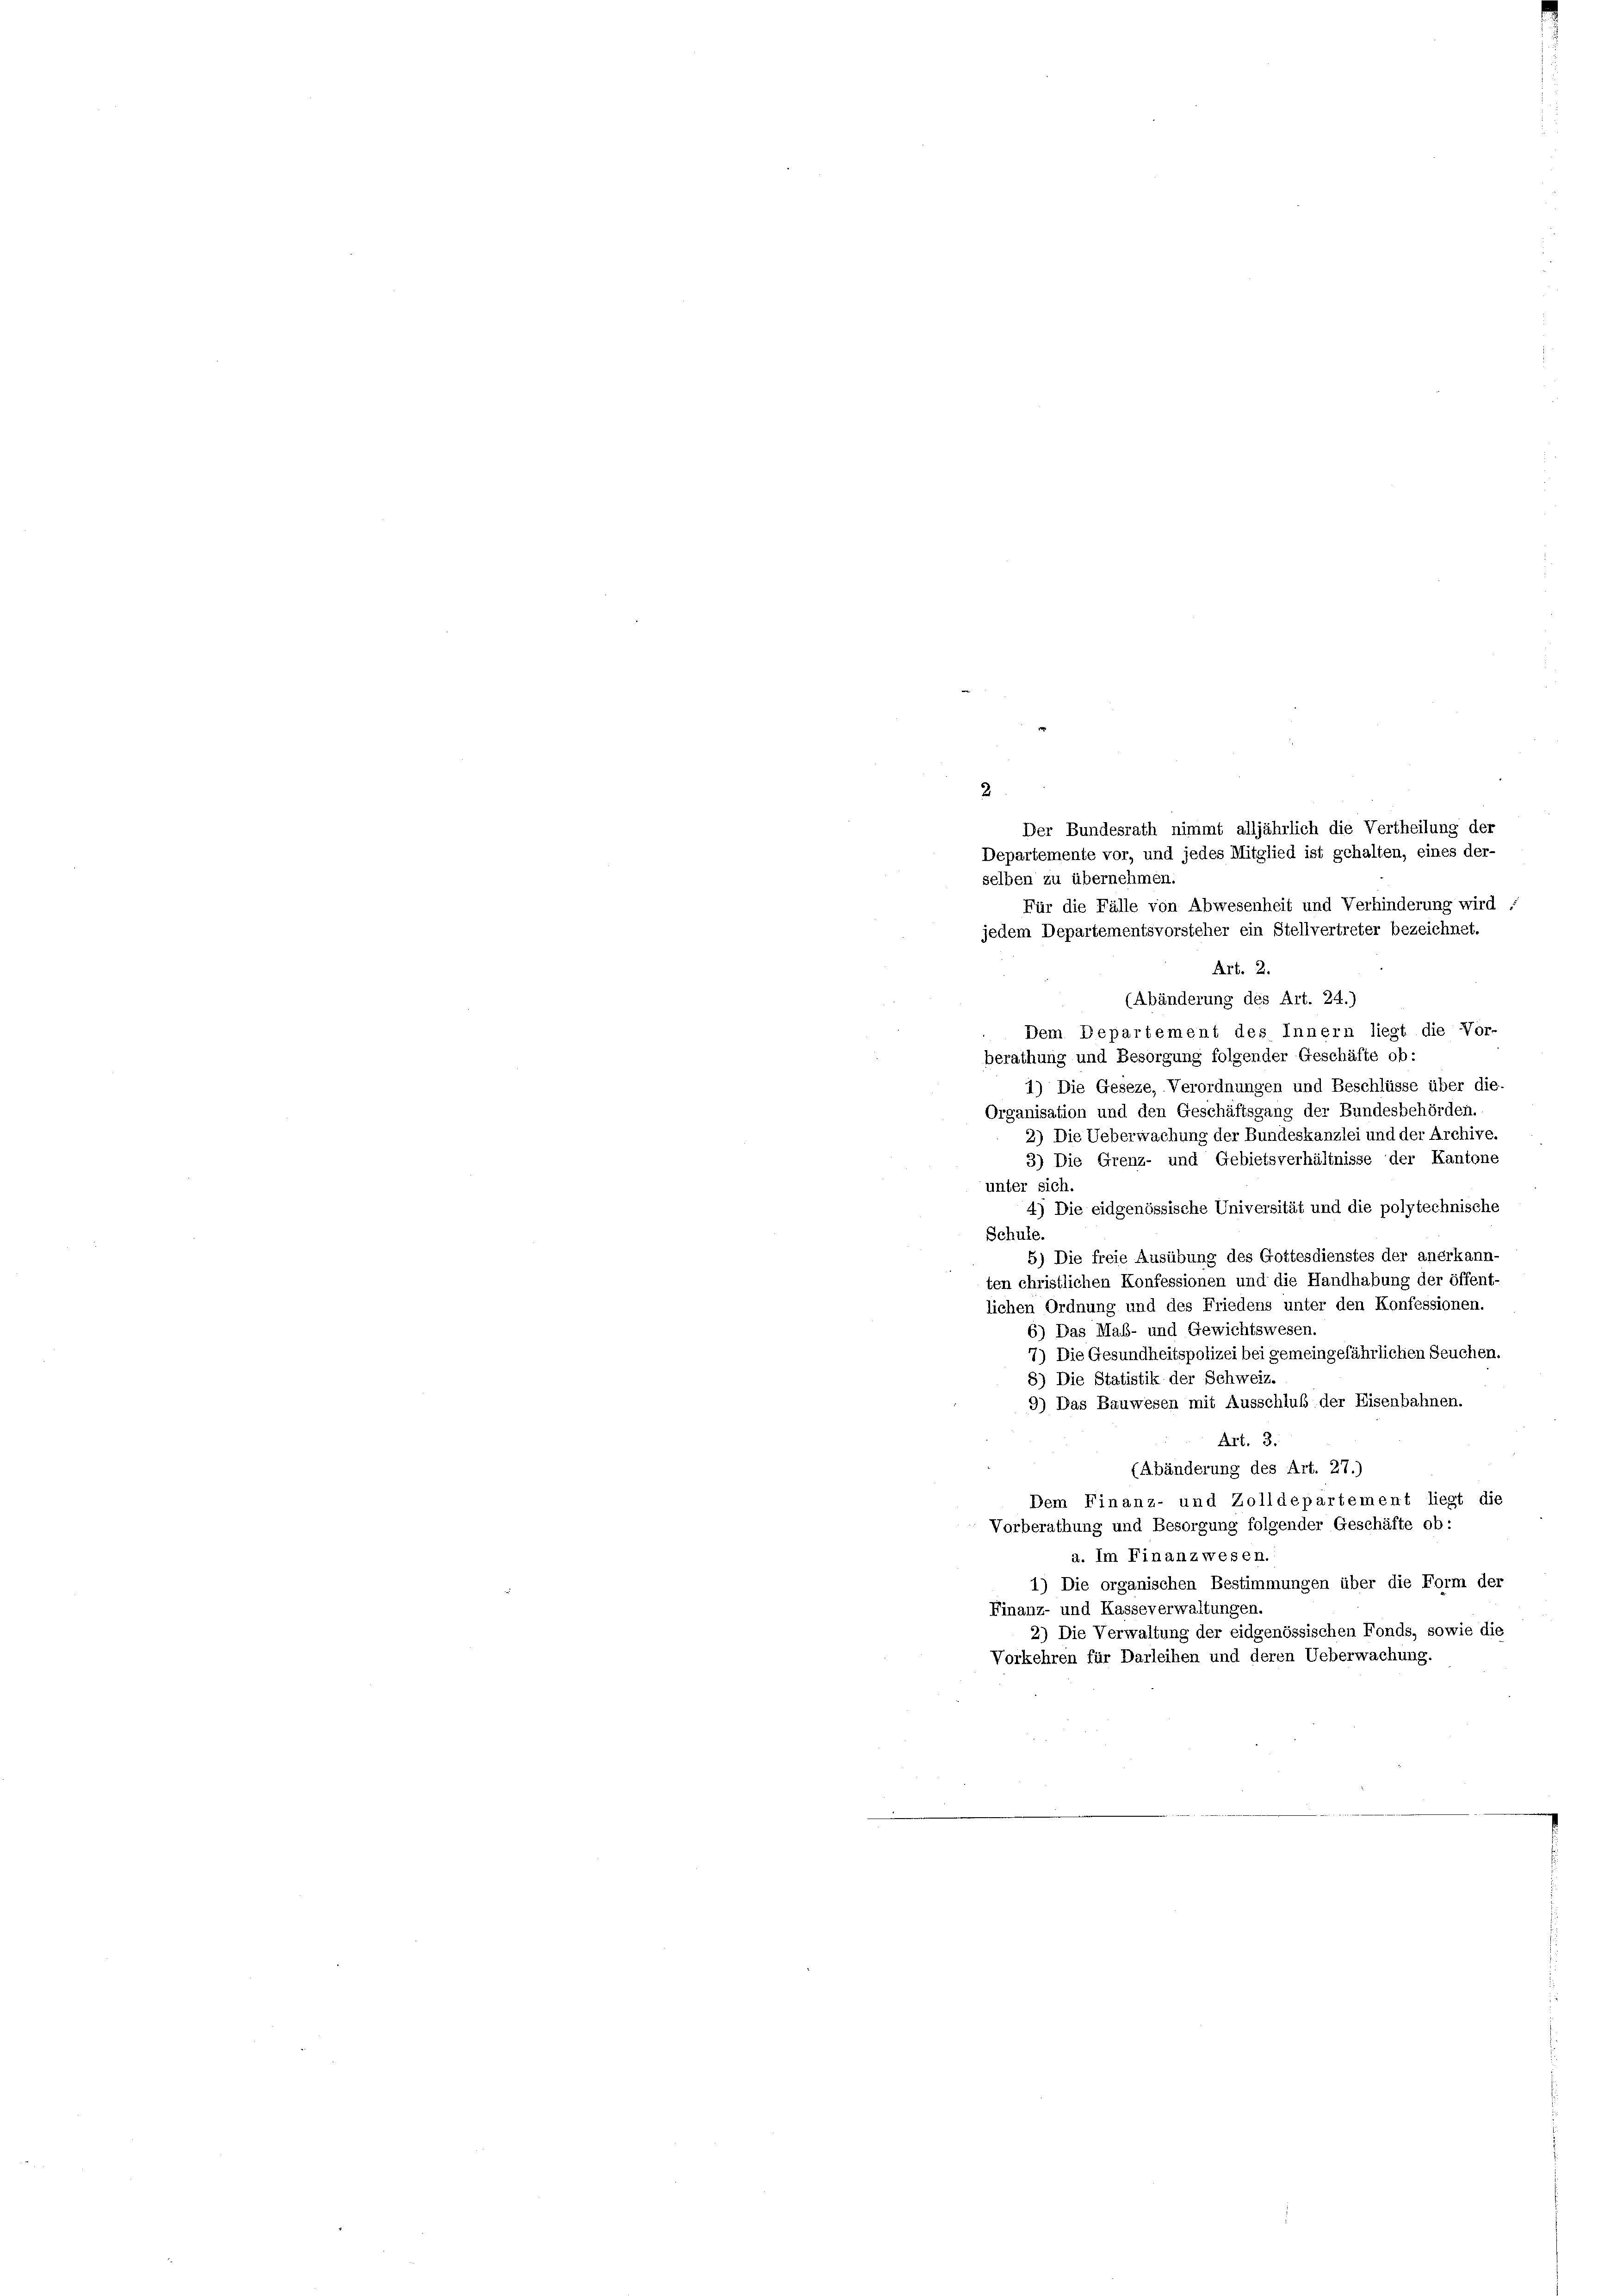
selben zu übernehmen.
Für die Fälle von Abwesenheit und Verhinderung wird
jedem Departementsvorsteher ein Stellvertreter bezeichnet.
Art. 2.
(Abänderung des Art. 24.)
Dem Departement des Innern liegt die Vor-
berathung und Besorgung folgender Geschäfte ob:
1) Die Geseze, Verordnungen und Beschlüsse über die-
Organisation und den Geschäftsgang der Bundesbehörden.
2) Die Ueberwachung der Bundeskanzlei und der Archive.
3) Die Grenz- und Gebietsverhältnisse der Kantone
unter sich.
4) Die eidgenössische Universität und die polytechnische
Schule.
5) Die freie Ausübung des Gottesdienstes der anerkann-
ten christlichen Konfessionen und die Handhabung der öffent-
lichen Ordnung und des Friedens unter den Konfessionen.
6) Das Maß- und Gewichtswesen.
7) Die Gesundheitspolizei bei gemeingefährlichen Seuchen.
8) Die Statistik der Schweiz.
9) Das Bauwesen mit Ausschluß der Eisenbahnen.
Art. 3.
(Abänderung des Art. 27.)
Dem Finanz- und Zolldepartement liegt die
Vorberathung und Besorgung folgender Geschäfte ob:
a. Im Finanzwesen.
1) Die organischen Bestimmungen über die Form der
Finanz- und Kasseverwaltungen.
2) Die Verwaltung der eidgenössischen Fonds, sowie die
Vorkehren für Darleihen und deren Ueberwachung.

2

Der Bundesrath nimmt alljährlich die Vertheilung der
Departemente vor, und jedes Mitglied ist gehalten, eines der-